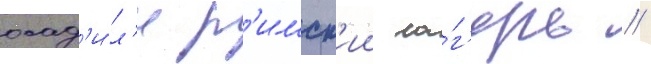
осад'и́л'и р'имск'ии ла́г'ерь //